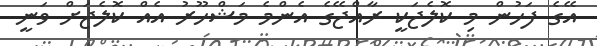
އޭގެ ފަހުން މި ކޮލެޖަކީ ރާއްޖޭގެ އެންމެ މަޝްހޫރު އެއް ކޮލެޖަށް ވަނީ